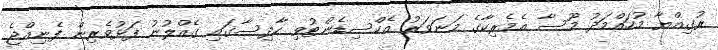
ރުގިއްޔާ މުހައްމަދު މޫސާ އެމެރިކާގެ މަނަވަރު އެކްސިޑެންޓުވި ހާދިސާގައި ގެއްލުނު ފަޅުވެރިން ފެނިއްޖެ